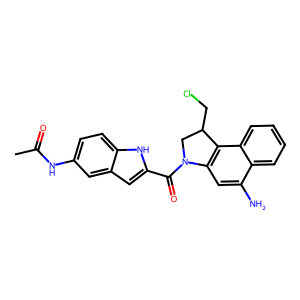
SMILES: CC(=O)Nc1ccc2[nH]c(C(=O)N3CC(CCl)c4c3cc(N)c3ccccc43)cc2c1
Inhibits HIV replication: No